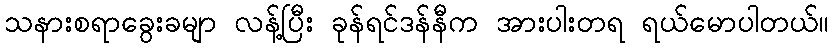
သနားစရာခွေးခမျာ လန့်ပြီး ခုန်ရင်ဒန်နီက အားပါးတရ ရယ်မောပါတယ်။